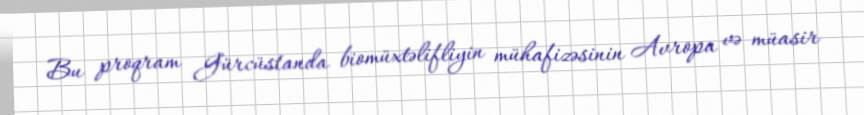
Bu proqram Gürcüstanda biomüxtəlifliyin mühafizəsinin Avropa və müasir